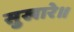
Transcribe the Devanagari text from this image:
सुखारे॥